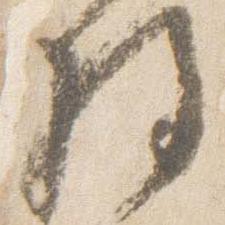
将